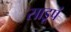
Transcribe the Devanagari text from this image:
साडूपं